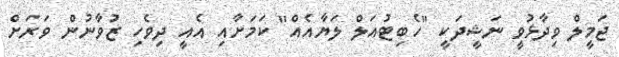
ޖަމީލް ވިދާޅުވީ ނަޝީދަކީ "ހެބިޓުއަލް ލަޔާއެއް" ކަމަށާއި އެއީ ދިވެހި ޒުވާނުން ވަރަށް